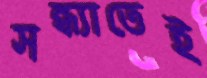
সন্ধ্যাতেই